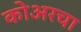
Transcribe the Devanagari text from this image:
कोअरचा